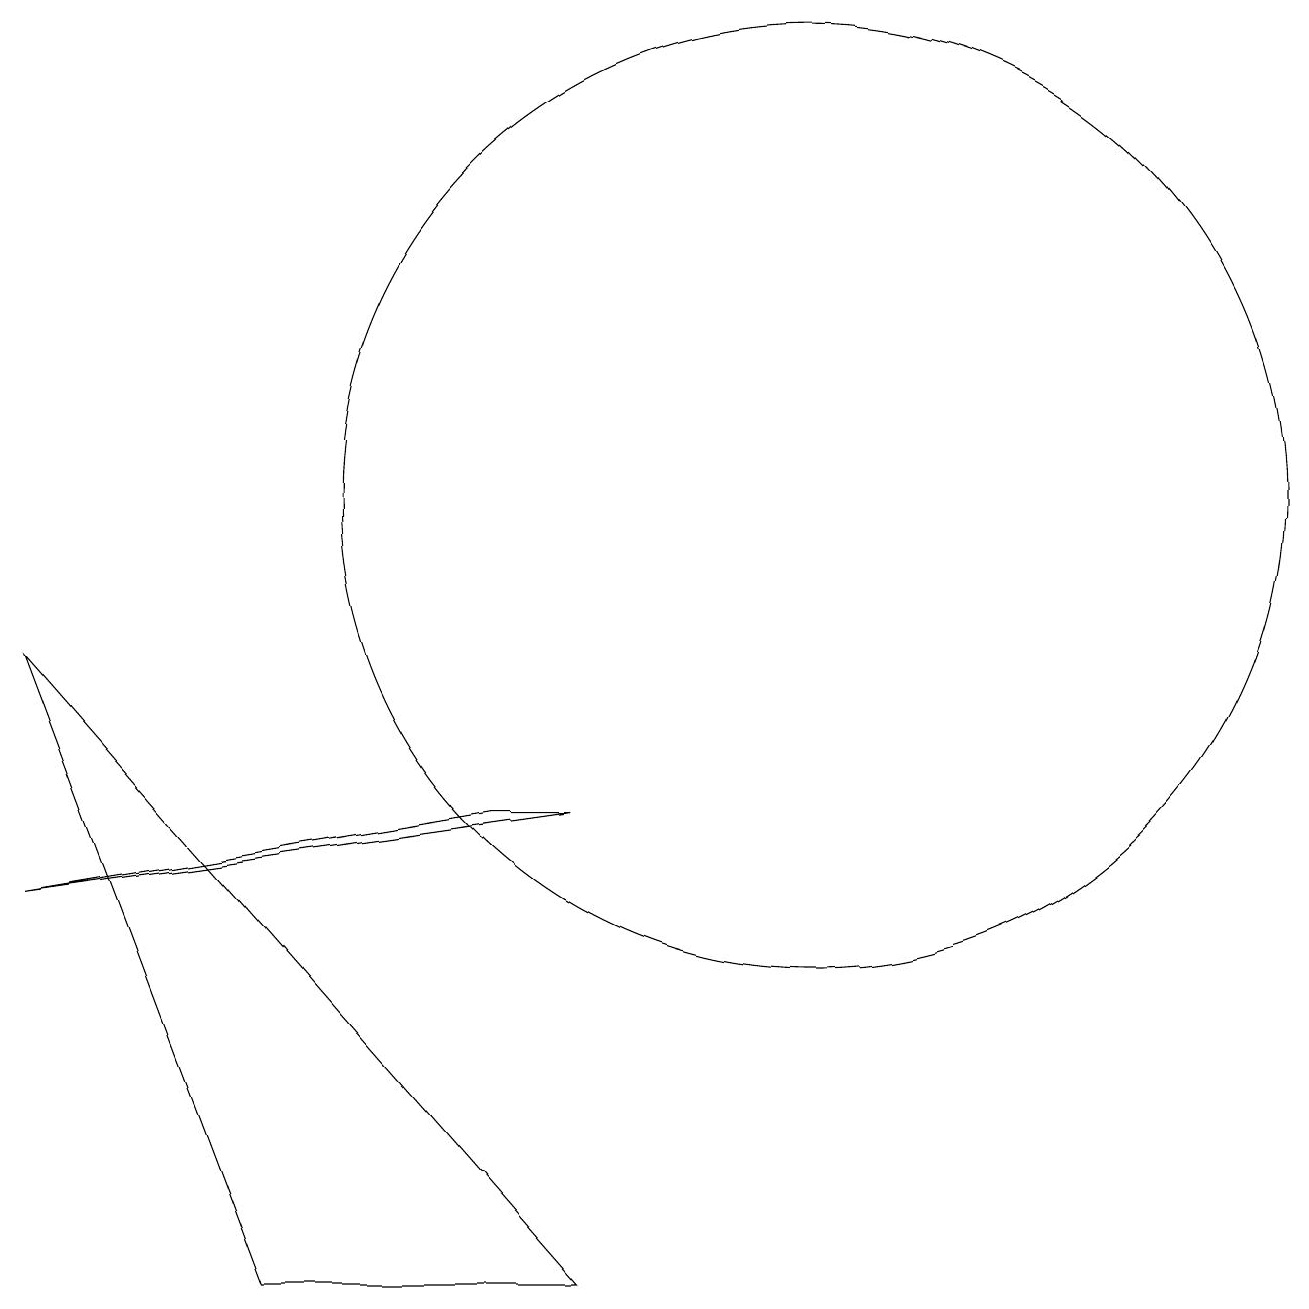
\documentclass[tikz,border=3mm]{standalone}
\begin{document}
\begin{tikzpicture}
\draw (1,8) -- (8,0) -- (4,0) -- cycle;
\draw (8,6) -- (7,6) -- (1,5) -- cycle;
\draw (11,10) circle (6);
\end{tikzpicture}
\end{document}